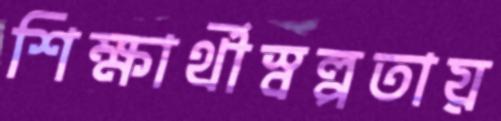
শিক্ষার্থীস্বল্পতায়